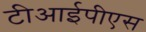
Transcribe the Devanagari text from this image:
टीआईपीएस